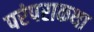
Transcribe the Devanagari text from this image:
परंपराकथा